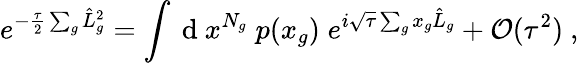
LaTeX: e^{-\frac{\tau}{2}\sum_{g}\hat{L}_{g}^{2}}=\int\mathrm{~d~}x^{N_{g}}\; p(x_{g})\; e^{i\sqrt{\tau}\sum_{g}x_{g}\hat{L}_{g}}+\mathcal{O}(\tau^{2})~,